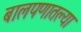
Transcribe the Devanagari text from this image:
बालपणातल्या